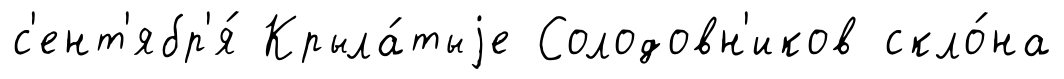
с'ент'ябр'я́ Крыла́тыjе Солодовн'иков скло́на